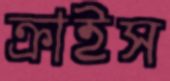
ক্রাইস